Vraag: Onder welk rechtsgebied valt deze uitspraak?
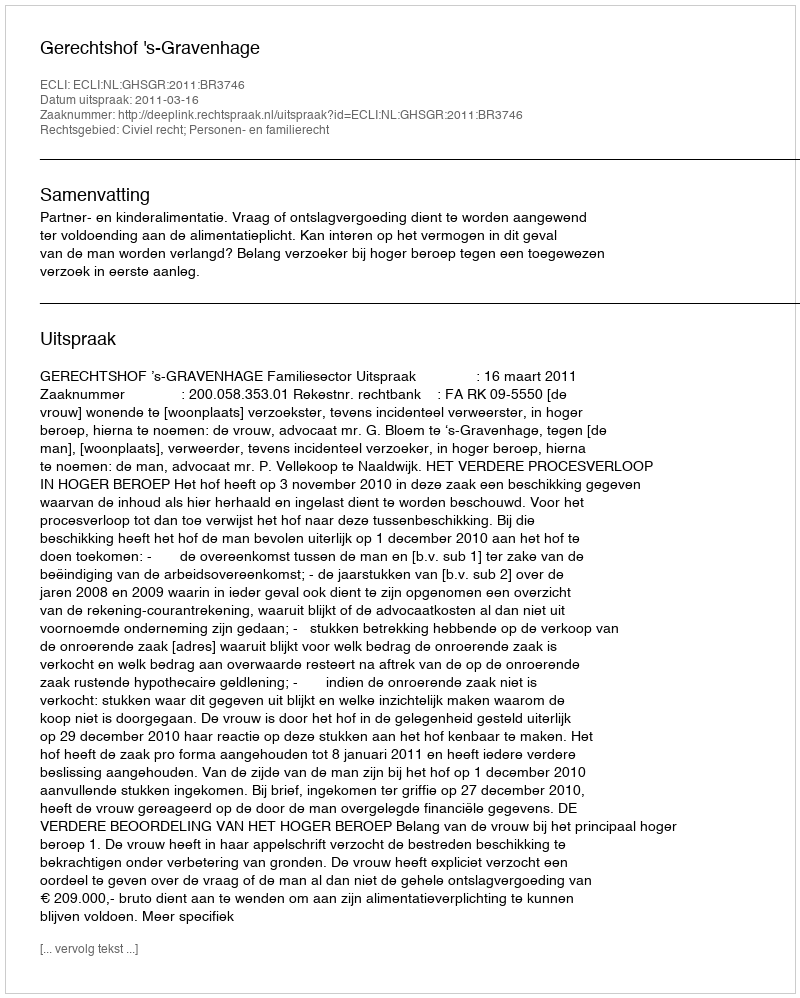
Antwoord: Civiel recht; Personen- en familierecht